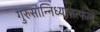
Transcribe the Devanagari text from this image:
गुरुसान्निध्यात्तत्फलं